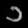
Digit: ၁